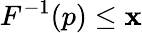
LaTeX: F^{-1}(p)\leq\mathbf{x}